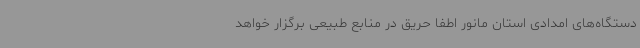
دستگاه‌های امدادی استان مانور اطفا حریق در منابع طبیعی برگزار خواهد